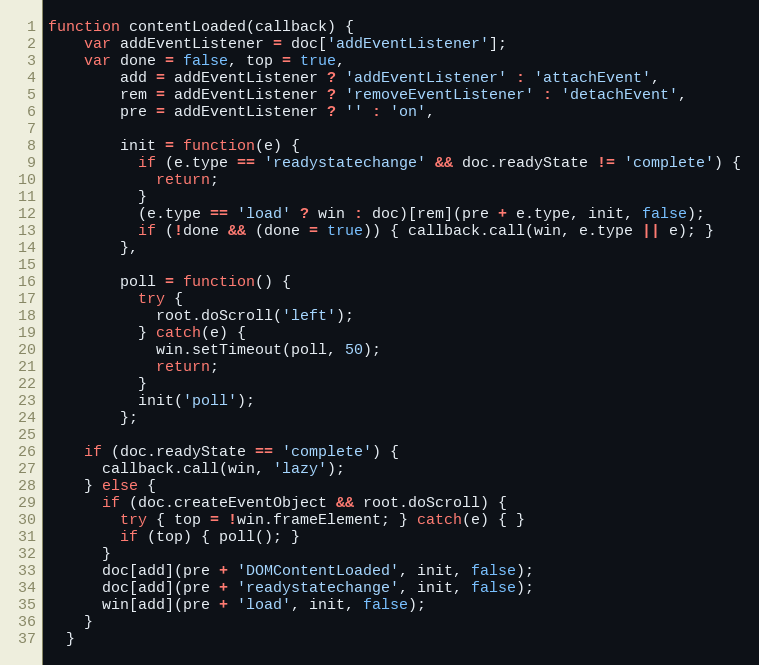
Language: JavaScript
function contentLoaded(callback) {
    var addEventListener = doc['addEventListener'];
    var done = false, top = true,
        add = addEventListener ? 'addEventListener' : 'attachEvent',
        rem = addEventListener ? 'removeEventListener' : 'detachEvent',
        pre = addEventListener ? '' : 'on',

        init = function(e) {
          if (e.type == 'readystatechange' && doc.readyState != 'complete') {
            return;
          }
          (e.type == 'load' ? win : doc)[rem](pre + e.type, init, false);
          if (!done && (done = true)) { callback.call(win, e.type || e); }
        },

        poll = function() {
          try {
            root.doScroll('left');
          } catch(e) {
            win.setTimeout(poll, 50);
            return;
          }
          init('poll');
        };

    if (doc.readyState == 'complete') {
      callback.call(win, 'lazy');
    } else {
      if (doc.createEventObject && root.doScroll) {
        try { top = !win.frameElement; } catch(e) { }
        if (top) { poll(); }
      }
      doc[add](pre + 'DOMContentLoaded', init, false);
      doc[add](pre + 'readystatechange', init, false);
      win[add](pre + 'load', init, false);
    }
  }